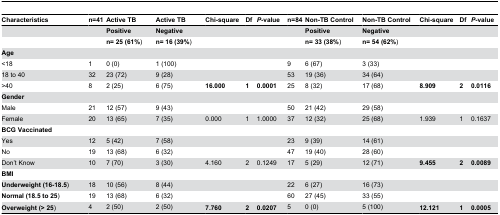
<table><thead><tr><td><b>Characteristics</b></td><td><b>n=41</b></td><td><b>Active TB</b></td><td><b>Active TB</b></td><td><b>Chi-square</b></td><td><b>Df</b></td><td><b><i>P</i>-value</b></td><td><b>n=84</b></td><td><b>Non-TB Control</b></td><td><b>Non-TB Control</b></td><td><b>Chi-square</b></td><td><b>Df</b></td><td><b><i>P</i>-value</b></td></tr></thead><tbody><tr><td></td><td></td><td><b>Positive</b></td><td><b>Negative</b></td><td></td><td></td><td></td><td></td><td><b>Positive</b></td><td><b>Negative</b></td><td></td><td></td><td></td></tr><tr><td></td><td></td><td><b>n= 25 (61%</b>)</td><td><b>n= 16 (39%</b>)</td><td></td><td></td><td></td><td></td><td><b>n= 33 (38%</b>)</td><td><b>n= 54 (62%</b>)</td><td></td><td></td><td></td></tr><tr><td><b>Age</b></td><td></td><td></td><td></td><td></td><td></td><td></td><td></td><td></td><td></td><td></td><td></td><td></td></tr><tr><td>&lt;18</td><td>1</td><td>0 (0)</td><td>1 (100)</td><td></td><td></td><td></td><td>9</td><td>6 (67)</td><td>3 (33)</td><td></td><td></td><td></td></tr><tr><td>18 to 40</td><td>32</td><td>23 (72)</td><td>9 (28)</td><td></td><td></td><td></td><td>53</td><td>19 (36)</td><td>34 (64)</td><td></td><td></td><td></td></tr><tr><td>&gt;40</td><td>8</td><td>2 (25)</td><td>6 (75)</td><td><b>16.000</b></td><td><b>1</b></td><td><b>0.0001</b></td><td>25</td><td>8 (32)</td><td>17 (68)</td><td><b>8.909</b></td><td><b>2</b></td><td><b>0.0116</b></td></tr><tr><td><b>Gender</b></td><td></td><td></td><td></td><td></td><td></td><td></td><td></td><td></td><td></td><td></td><td></td><td></td></tr><tr><td>Male</td><td>21</td><td>12 (57)</td><td>9 (43)</td><td></td><td></td><td></td><td>50</td><td>21 (42)</td><td>29 (58)</td><td></td><td></td><td></td></tr><tr><td>Female</td><td>20</td><td>13 (65)</td><td>7 (35)</td><td>0.000</td><td>1</td><td>1.0000</td><td>37</td><td>12 (32)</td><td>25 (68)</td><td>1.939</td><td>1</td><td>0.1637</td></tr><tr><td><b>BCG Vaccinated</b></td><td></td><td></td><td></td><td></td><td></td><td></td><td></td><td></td><td></td><td></td><td></td><td></td></tr><tr><td>Yes</td><td>12</td><td>5 (42)</td><td>7 (58)</td><td></td><td></td><td></td><td>23</td><td>9 (39)</td><td>14 (61)</td><td></td><td></td><td></td></tr><tr><td>No</td><td>19</td><td>13 (68)</td><td>6 (32)</td><td></td><td></td><td></td><td>47</td><td>19 (40)</td><td>28 (60)</td><td></td><td></td><td></td></tr><tr><td>Don’t Know</td><td>10</td><td>7 (70)</td><td>3 (30)</td><td>4.160</td><td>2</td><td>0.1249</td><td>17</td><td>5 (29)</td><td>12 (71)</td><td><b>9.455</b></td><td><b>2</b></td><td><b>0.0089</b></td></tr><tr><td><b>BMI</b></td><td></td><td></td><td></td><td></td><td></td><td></td><td></td><td></td><td></td><td></td><td></td><td></td></tr><tr><td><b>Underweight (16-18.5</b>)</td><td>18</td><td>10 (56)</td><td>8 (44)</td><td></td><td></td><td></td><td>22</td><td>6 (27)</td><td>16 (73)</td><td></td><td></td><td></td></tr><tr><td><b>Normal (18.5 to 25</b>)</td><td>19</td><td>13 (68)</td><td>6 (32)</td><td></td><td></td><td></td><td>60</td><td>27 (45)</td><td>33 (55)</td><td></td><td></td><td></td></tr><tr><td><b>Overweight (&gt; 25</b>)</td><td>4</td><td>2 (50)</td><td>2 (50)</td><td><b>7.760</b></td><td><b>2</b></td><td><b>0.0207</b></td><td>5</td><td>0 (0)</td><td>5 (100)</td><td><b>12.121</b></td><td><b>1</b></td><td><b>0.0005</b></td></tr></tbody></table>